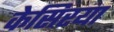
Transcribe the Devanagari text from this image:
केसिरया